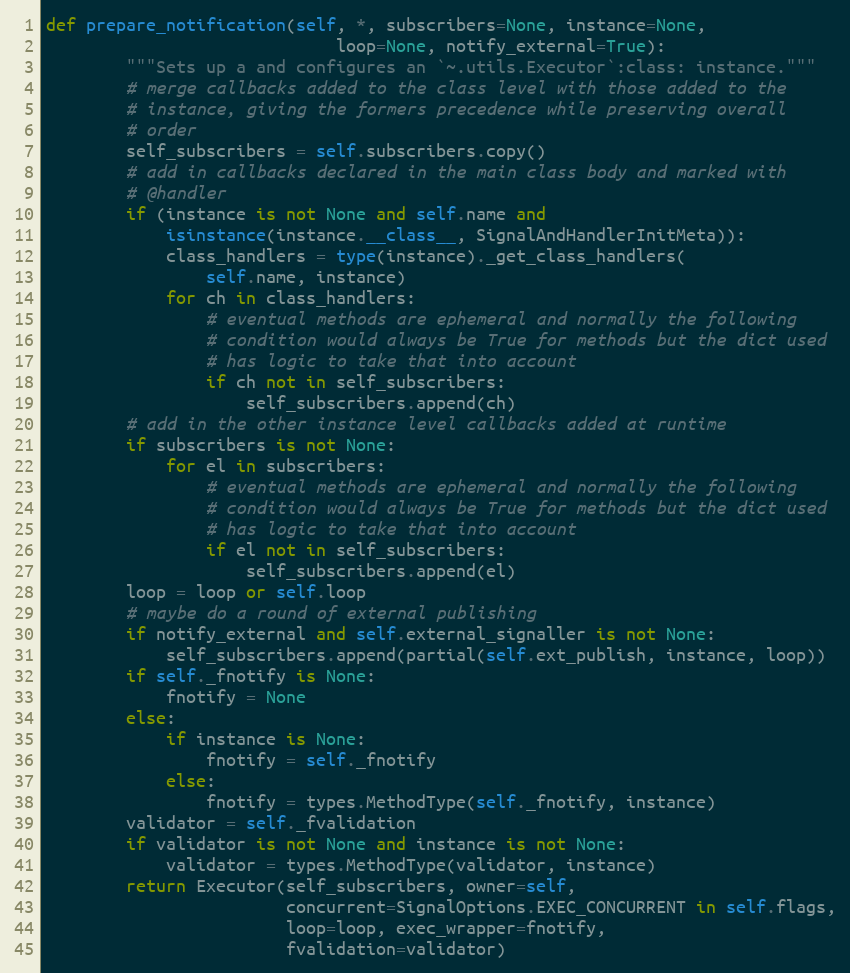
Language: Python
def prepare_notification(self, *, subscribers=None, instance=None,
                             loop=None, notify_external=True):
        """Sets up a and configures an `~.utils.Executor`:class: instance."""
        # merge callbacks added to the class level with those added to the
        # instance, giving the formers precedence while preserving overall
        # order
        self_subscribers = self.subscribers.copy()
        # add in callbacks declared in the main class body and marked with
        # @handler
        if (instance is not None and self.name and
            isinstance(instance.__class__, SignalAndHandlerInitMeta)):
            class_handlers = type(instance)._get_class_handlers(
                self.name, instance)
            for ch in class_handlers:
                # eventual methods are ephemeral and normally the following
                # condition would always be True for methods but the dict used
                # has logic to take that into account
                if ch not in self_subscribers:
                    self_subscribers.append(ch)
        # add in the other instance level callbacks added at runtime
        if subscribers is not None:
            for el in subscribers:
                # eventual methods are ephemeral and normally the following
                # condition would always be True for methods but the dict used
                # has logic to take that into account
                if el not in self_subscribers:
                    self_subscribers.append(el)
        loop = loop or self.loop
        # maybe do a round of external publishing
        if notify_external and self.external_signaller is not None:
            self_subscribers.append(partial(self.ext_publish, instance, loop))
        if self._fnotify is None:
            fnotify = None
        else:
            if instance is None:
                fnotify = self._fnotify
            else:
                fnotify = types.MethodType(self._fnotify, instance)
        validator = self._fvalidation
        if validator is not None and instance is not None:
            validator = types.MethodType(validator, instance)
        return Executor(self_subscribers, owner=self,
                        concurrent=SignalOptions.EXEC_CONCURRENT in self.flags,
                        loop=loop, exec_wrapper=fnotify,
                        fvalidation=validator)